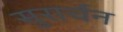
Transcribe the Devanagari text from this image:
सुरार्चन